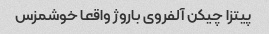
پیتزا چیکن آلفروی باروژ واقعا خوشمزس